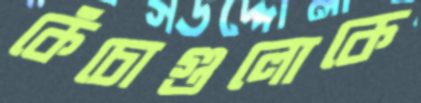
কেঁচোগুলোকে